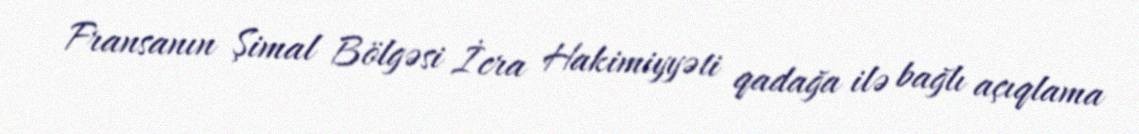
Fransanın Şimal Bölgəsi İcra Hakimiyyəti qadağa ilə bağlı açıqlama